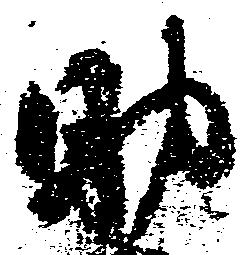
助